Leaving Certificate Examination, 1915
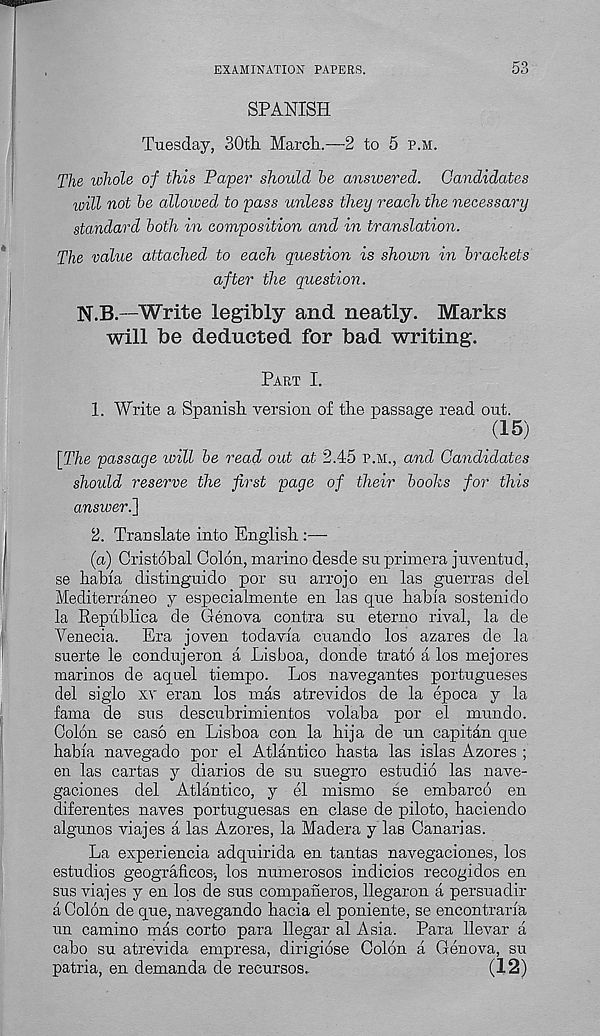
EXAMINATION PAPEES.
53
SPANISH
Tuesday, 30th March.—2 to 5 p.m.
The whole of this Paper should he answered. Candidates
will not he allowed to pass unless they reach the necessary
standard hath in composition and in translation.
The value attached to each question is shown in brackets
after the question.
N.B.—Write legibly and neatly. Marks
will be deducted for bad writing.
Part I.
1. Write a Spanish version of the passage read out.
(15)
[The passage will he read out at 2.45 p.m., and Candidates
should reserve the first page of their hooks for this
answeri]
2. Translate into English :—
(a) Cristobal Colon, marino desde su primera juventud,
se habia distinguido por su arrojo en las guerras del
Mediterraneo y especialmente en las que habia sostenido
la Republica de Genova contra su eterno rival, la de
Venecia.
Era joven todavia cuando los azares de la
suerte le condujeron a Lisboa, donde trato a los mejores
marinos de aquel tiempo. Los navegantes portugueses
del siglo xv eran los mas atrevidos de la epoca y la
fama de sus descuhrimientos volaba por el mundo.
Colon se caso en Lisboa con la hija de un capitan que
habia navegado por el Atlantic© hasta las islas Azores ;
en las cartas y diarios de su suegro estudio las nave-
gaciones del Atlantico, y el mismo se embarco en
diferentes naves portuguesas en clase de piloto, haciendo
algunos viajes a las Azores, la Madera y las Canarias.
La experiencia adquirida en tantas navegaciones, los
estudios geograficos-, los numerosos indicios recogidos en
sus viajes y en los de sus cOmpaneros, llegaron a persuadir
a Colon de que, navegando hacia el poniente, se encontraria
un camino mas corto para llegar al Asia. Para llevar a
cabo su atrevida empresa, dirigiose Colon a Genova, su
patria, en demanda de recursos.
(12)